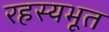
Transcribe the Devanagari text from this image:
रहस्यभूत